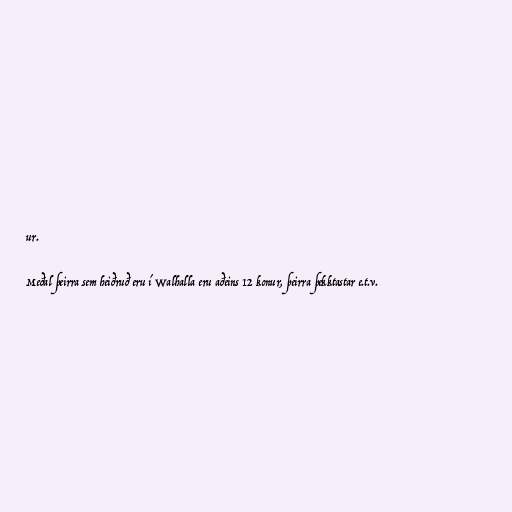
ur.

Meðal þeirra sem heiðruð eru í Walhalla eru aðeins 12 konur, þeirra þekktastar e.t.v.